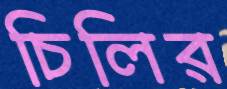
চিলির